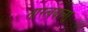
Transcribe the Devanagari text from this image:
तारत्ववाला